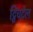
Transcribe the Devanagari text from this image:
ट्विचटेल